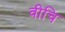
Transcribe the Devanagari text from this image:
वीचि